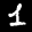
Label: 1